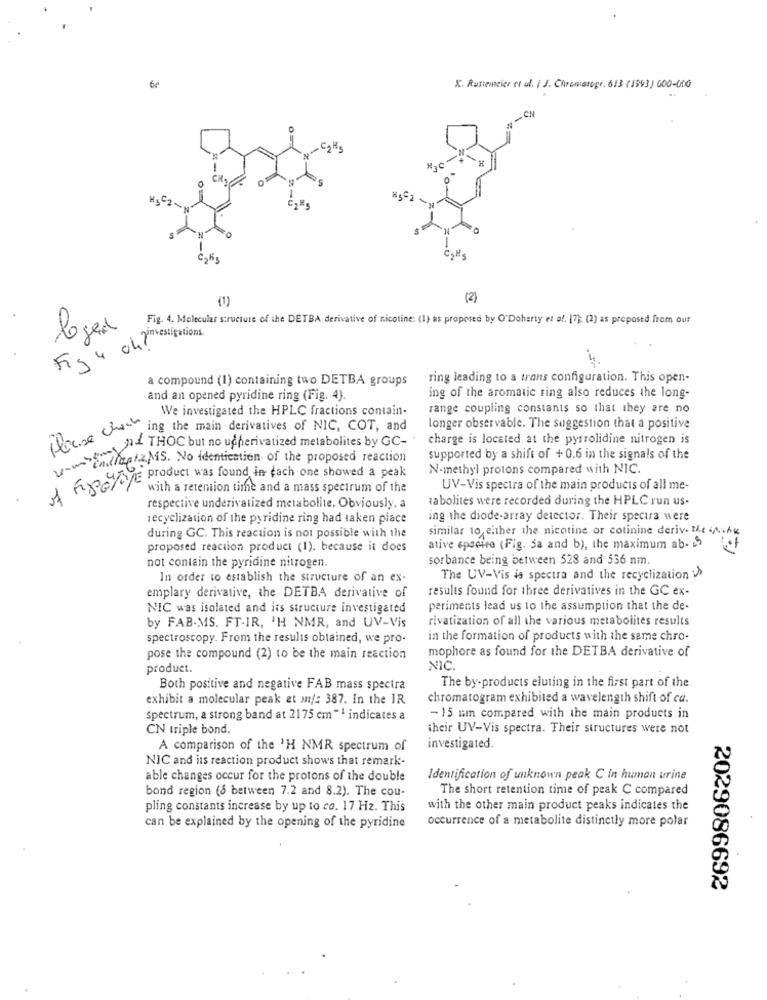
be
K. Rustemeier et al. ( J. Chromatogr. 613 (1993) 000-000
H
(1)
(2)
Fig. 4. Molecular structure of the DETBA derivative of nicotine: (1) as proposed by O'Doherty et af. 17) (2) as proposed from our
loger
Fig 4 che ? mesigations.
a compound (1) containing two DETBA groups
ring leading to a trans configuration. This open-
and an opened pyridine ring (Fig. 4).
ing of the aromatic ring also reduces the long-
We investigated the HPLC fractions contain-
range coupling constants so that they are no
longer observable. The suggestion that a positive
Touse char ing the main derivatives of NIC, COT, and
Al THOC but no ucherivatized metabolites by GC-
charge is located at the pyrrolidine nitrogen is
indlagt2.MS. No identication of the proposed reaction
supported by a shift of + 0.6 in the signals of the
N-methyl protons compared with NIC.
& F8 / product was found in each one showed a peak
with a retention time and a mass spectrum of the
UV-Vis spectra of the main products of all me-
tabolites were recorded during the HPLC run us-
respective underivatized metabolite. Obviously. a
recyclization of the pyridine ring had taken place
ing the diode-array detector. Their spectra were
similar to either the nicotine or cotinine deriv- the wake
during GC. This reaction is not possible with the
proposed reaction product (1). because it does
ative spectro (Fig. 5a and b), the maximum ab-)
sorbance being between 528 and 536 nm.
not contain the pyridine nitrogen.
In order to establish the structure of an ex-
The UV-Vis is spectra and the recyclization >
results found for three derivatives in the GC ex-
emplary derivative, the DETBA derivative of
NIC was isolated and its structure investigated
periments lead us to the assumption that the de-
rivatization of all the various metabolites results
by FAB.MS. FT-IR, 'H NMR, and UV-Vis
spectroscopy. From the results obtained, we pro-
in the formation of products with the same chro-
mophore as found for the DETBA derivative of
pose the compound (2) to be the main reaction
product.
NIC.
Both positive and negative FAB mass spectra
The by-products eluting in the first part of the
exhibit a molecular peak at m/: 387. In the IR
chromatogram exhibited a wavelength shift of ca.
Spectrum, a strong band at 2175 cm "1 indicates a
-15 um compared with the main products in
CN triple bond.
their UV-Vis spectra. Their structures were not
A comparison of the 'H NMR spectrum of
investigated.
NIC and its reaction product shows that remark-
able changes occur for the protons of the double
Identification of unknown peak C in human urine
bond region (8 between 7.2 and 8.2). The cou-
The short retention time of peak C compared
pling constants increase by up to co. 17 Hz. This
with the other main product peaks indicates the
occurrence of a metabolite distinctly more polar
can be explained by the opening of the pyridine
2029086692